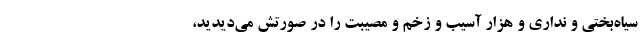
سیاه‌بختی و نداری‌ و هزار آسیب و زخم و مصیبت را در صورتش می‌دیدید،